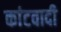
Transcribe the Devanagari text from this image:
कांटवादी